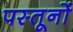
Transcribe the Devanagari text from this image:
पस्तूनों